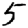
Digit: 5